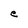
Character: e